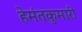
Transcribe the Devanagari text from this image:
हेमंतकुमारी